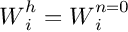
\boldsymbol { W } _ { i } ^ { h } = \boldsymbol { W } _ { i } ^ { n = 0 }